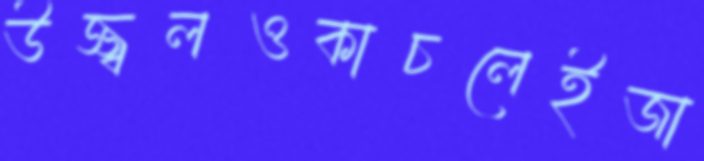
উজ্জ্বলওকাচলেইজা